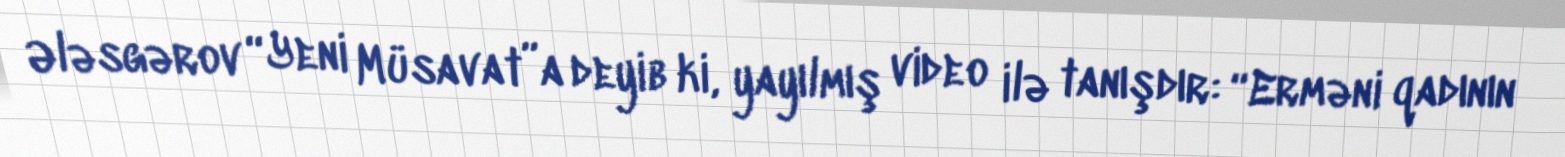
Ələsgərov “Yeni Müsavat”a deyib ki, yayılmış video ilə tanışdır: “Erməni qadının